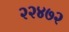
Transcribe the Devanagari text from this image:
२२४७२